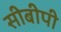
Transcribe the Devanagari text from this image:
सीबीपी